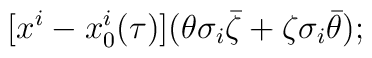
[x^i-x_0^i (\tau)]( \theta\sigma_i \bar \zeta + \zeta\sigma_i \bar \theta);